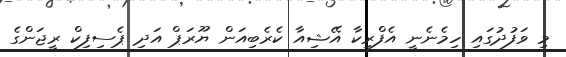
މި ވަފުދުގައި ހިމެނެނީ އެފްރިކާ އޭޝިއާ ކެރެބިއަން ޔޫރަޕް އަދި ޕެސިފިކް ރީޖަންގެ